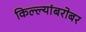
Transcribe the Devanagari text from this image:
किल्ल्यांबरोबर